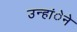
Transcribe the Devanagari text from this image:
उन्हांेने